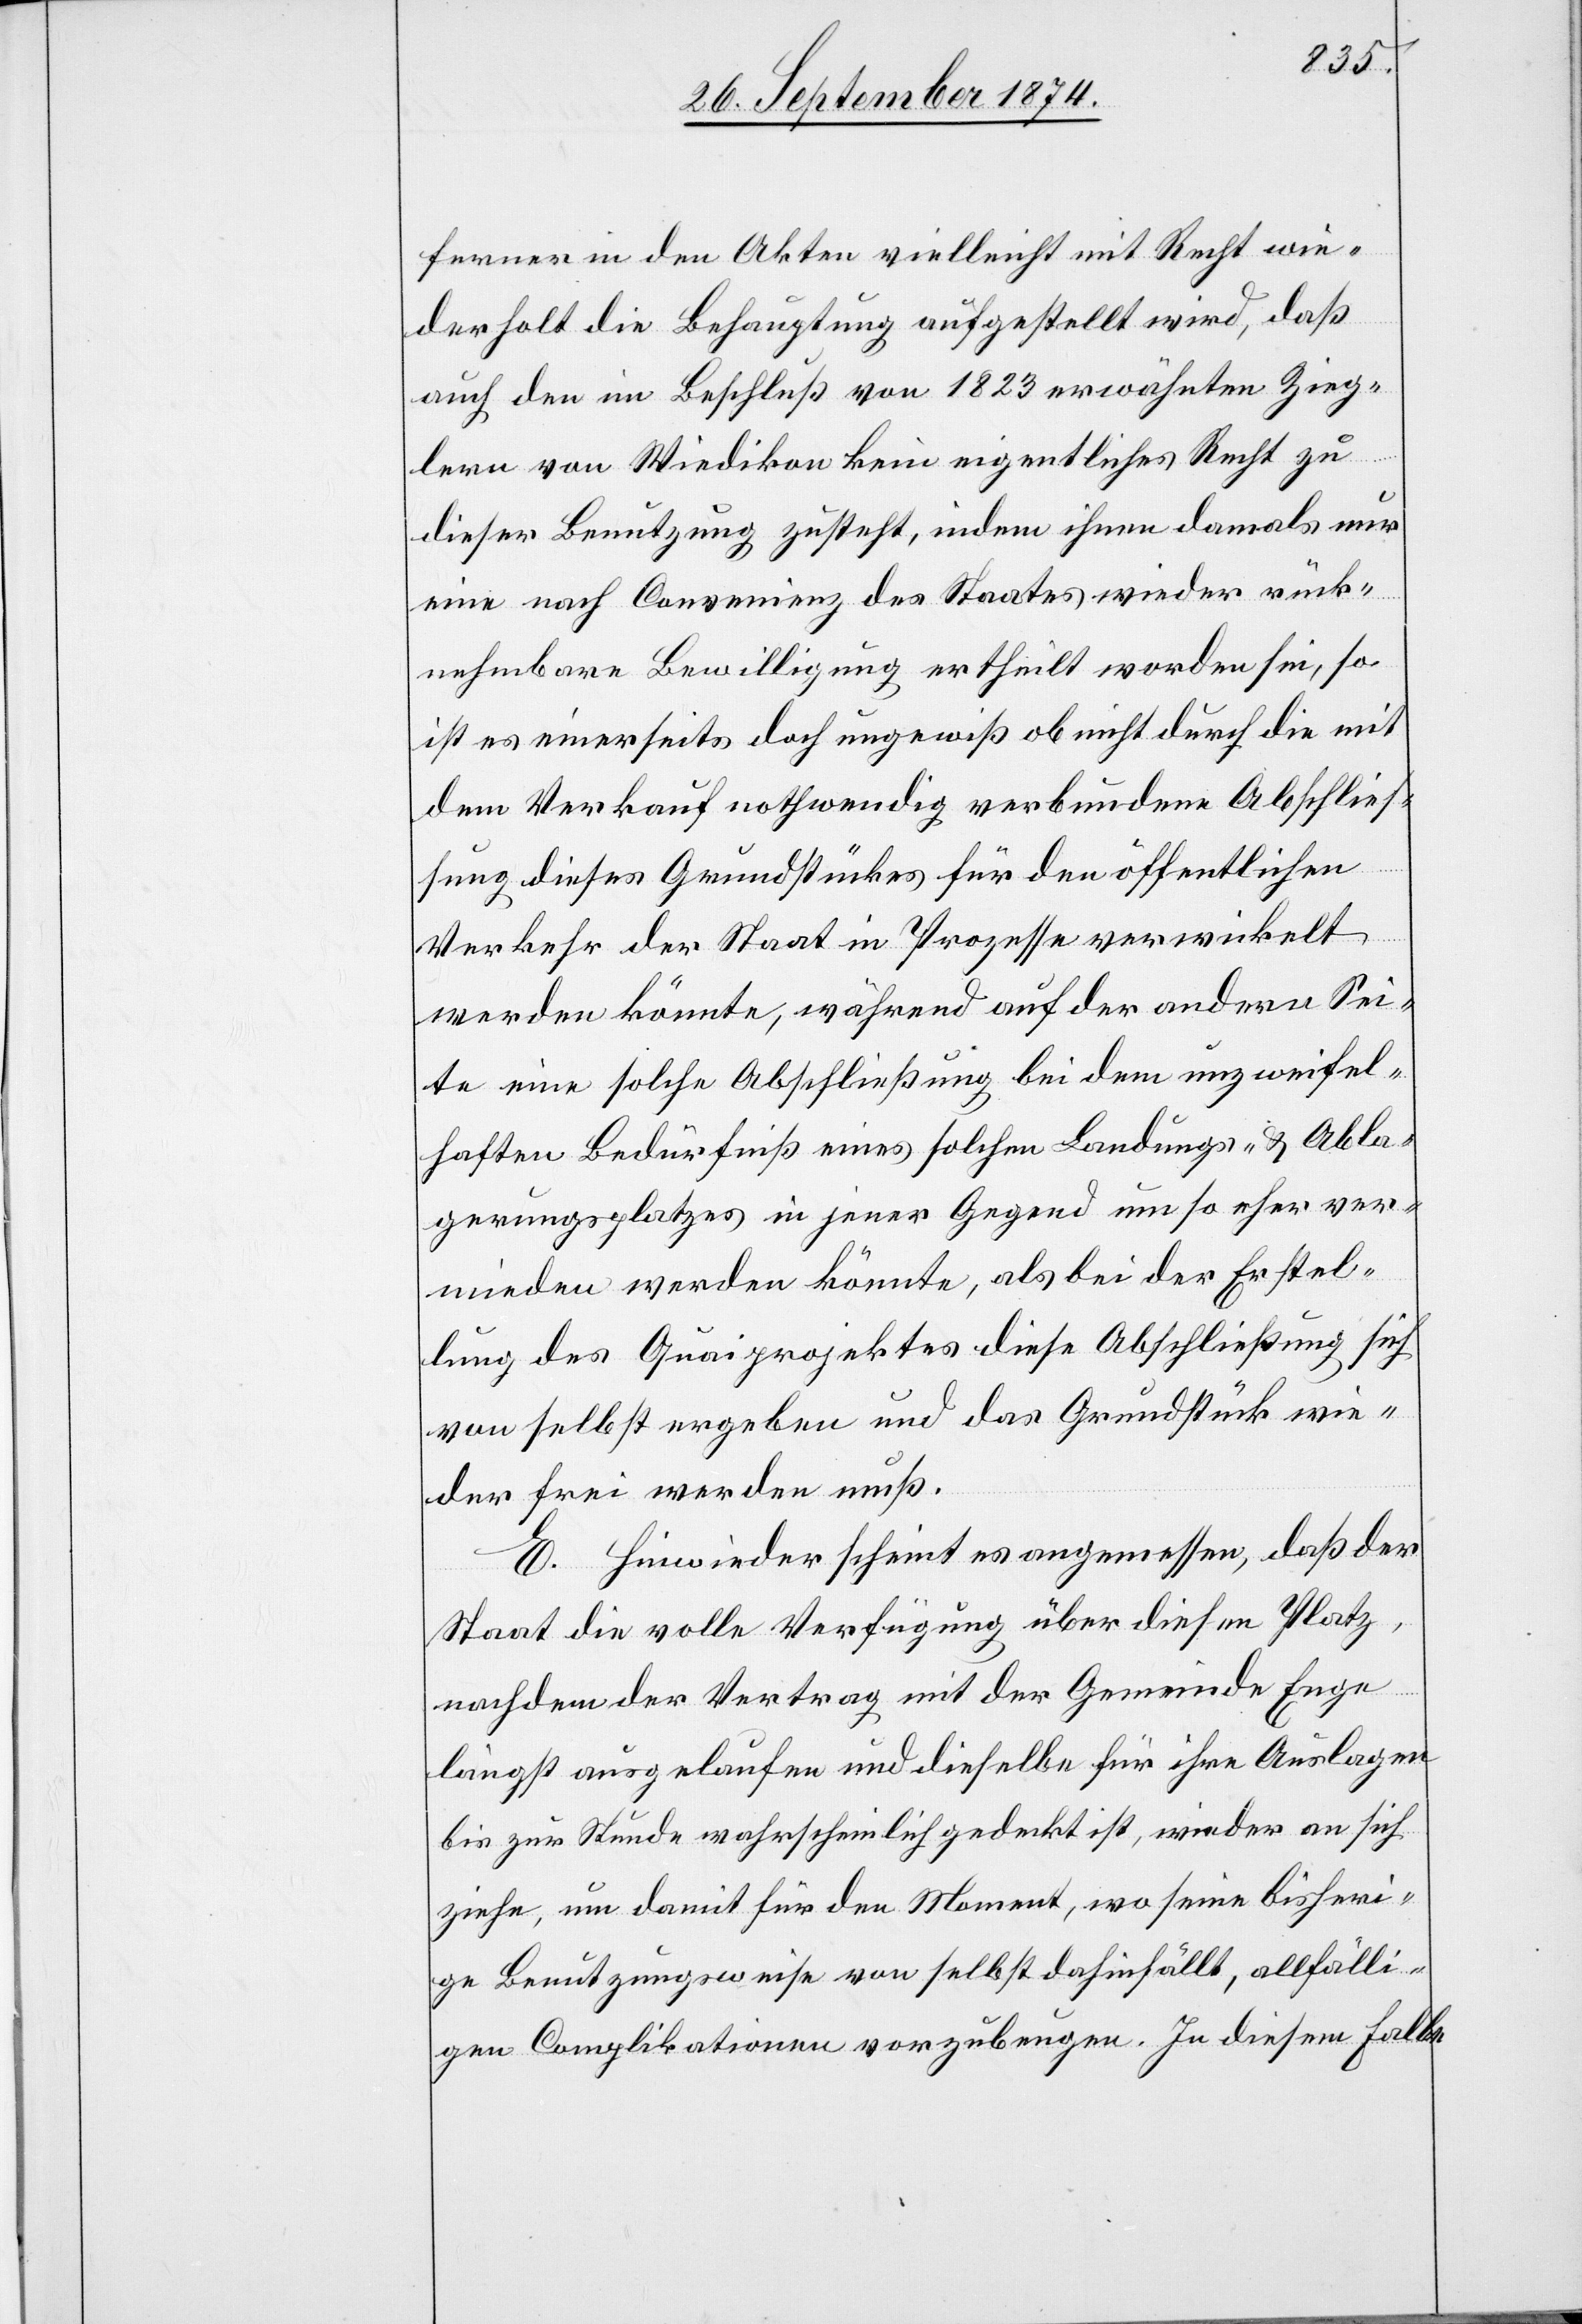
ferner in den Akten vielleicht mit Recht wie¬
derholt die Behauptung aufgestellt wird, daß
auch den im Beschluß von 1823 erwähnten Zieg¬
lern von Wiedikon kein eigentliches Recht zu
dieser Benutzung zusteht, indem ihnen damals nur
eine nach Convenienz des Staates wieder rück¬
nehmbare Bewilligung ertheilt worden sei, so
ist es einerseits doch ungewiß ob nicht durch die mit
dem Verkauf nothwendig verbundene Abschließ¬
ung dieses Grundstückes für den öffentlichen
Verkehr der Staat in Prozesse verwickelt
werden könnte, während auf der andern Sei¬
te eine solche Abschließung bei dem unzweifel¬
haften Bedürfniß eines solchen Landungs- & Abla¬
gerungsplatzes in jener Gegend um so eher ver¬
mieden werden könnte, als bei der Erstel¬
lung des Quaiprojektes diese Abschließung sich
von selbst ergeben und das Grundstück wie¬
der frei werden muß.
E. Hinwieder scheint es angemessen, daß der
Staat die volle Verfügung über diesen Platz,
nachdem der Vertrag mit der Gemeinde Enge
längst ausgelaufen und dieselbe für ihre Auslagen
bis zur Stunde wahrscheinlich gedenkt ist, wieder an sich
ziehe, um damit für den Moment, wo seine bisheri¬
ge Benutzungsweise von selbst dahinfällt, allfälli¬
gen Complikationen vorzubeugen. In diesem Falle